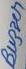
Text: Buzzer